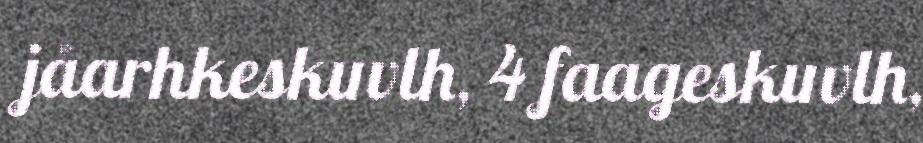
jåarhkeskuvlh, 4 faageskuvlh,